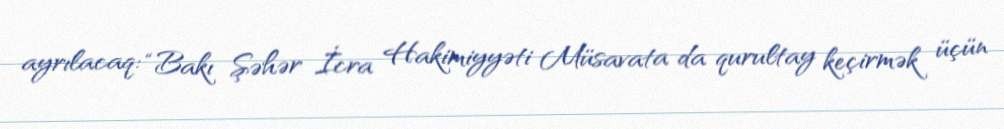
ayrılacaq: “Bakı Şəhər İcra Hakimiyyəti Müsavata da qurultay keçirmək üçün